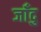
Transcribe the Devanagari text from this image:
जाँदु